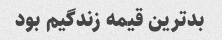
بدترین قیمه زندگیم بود